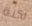
لكنة